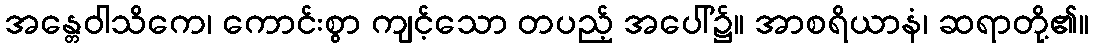
အန္တေဝါသိကေ၊ ကောင်းစွာ ကျင့်သော တပည့် အပေါ်၌။ အာစရိယာနံ၊ ဆရာတို့၏။